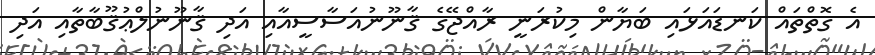
އެ ގޮތްތައް ކަނޑައަޅައި ބަޔާން މިކުރަނީ ރާއްޖޭގެ ޤާނޫނުއަސާސީއާއި އަދި ޤާނޫނުލްޢުޤޫބާތާއި އަދި